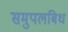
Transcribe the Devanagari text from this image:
समुपलबिध